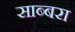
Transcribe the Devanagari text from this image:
साब्बरा